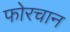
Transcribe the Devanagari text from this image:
फोरचान